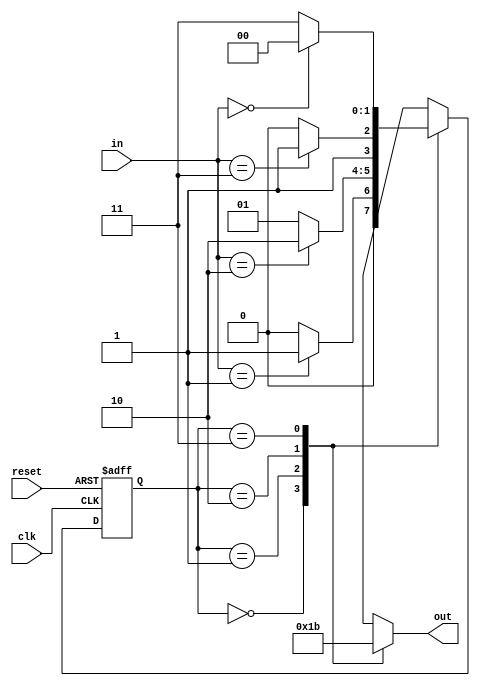
module parameterized_fsm #(
    parameter NUM_STATES = 4,         // Number of states
    parameter INPUT_WIDTH = 2,         // Input width
    parameter OUTPUT_WIDTH = 2          // Output width
) (
    input wire clk,                     // Clock signal
    input wire reset,                   // Synchronous reset
    input wire [INPUT_WIDTH-1:0] in,   // Input signals
    output reg [OUTPUT_WIDTH-1:0] out   // Output signals
);

    // State definitions using local parameters
    localparam STATE_0 = 2'b00;
    localparam STATE_1 = 2'b01;
    localparam STATE_2 = 2'b10;
    localparam STATE_3 = 2'b11;

    // State register
    reg [1:0] current_state, next_state;

    // State transition logic
    always @(*) begin
        case (current_state)
            STATE_0: begin
                if (in == 2'b01) begin
                    next_state = STATE_1;
                end else begin
                    next_state = STATE_0;
                end
            end
            STATE_1: begin
                if (in == 2'b10) begin
                    next_state = STATE_2;
                end else begin
                    next_state = STATE_1;
                end
            end
            STATE_2: begin
                if (in == 2'b11) begin
                    next_state = STATE_3;
                end else begin
                    next_state = STATE_2;
                end
            end
            STATE_3: begin
                if (in == 2'b00) begin
                    next_state = STATE_0;
                end else begin
                    next_state = STATE_3;
                end
            end
            default: next_state = STATE_0; // Default case
        endcase
    end

    // State register update on clock edge
    always @(posedge clk or posedge reset) begin
        if (reset) begin
            current_state <= STATE_0; // Initialize to starting state
        end else begin
            current_state <= next_state; // Update state
        end
    end

    // Output logic based on current state
    always @(*) begin
        case (current_state)
            STATE_0: out = 2'b00;
            STATE_1: out = 2'b01;
            STATE_2: out = 2'b10;
            STATE_3: out = 2'b11;
            default: out = 2'b00; // Default case
        endcase
    end

endmodule